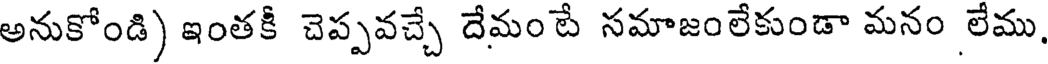
అనుకోండి) ఇంతకీ చెప్పవచ్చే దేమం టే సమాజంలేకుండా మనం లేము